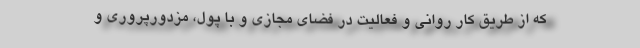
که از طریق کار روانی و فعالیت در فضای مجازی و با پول، مزدورپروری و